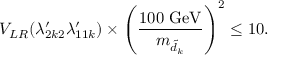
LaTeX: V _ { L R } ( \lambda _ { 2 k 2 } ^ { \prime } \lambda _ { 1 1 k } ^ { \prime } ) \times \left( \frac { 1 0 0 ~ \mathrm { G e V } } { m _ { \tilde { d } _ { k } } } \right) ^ { 2 } \le 1 0 .